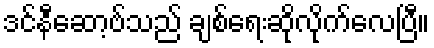
ဒင်နီဆော့ဗ်သည် ချစ်ရေးဆိုလိုက်လေပြီ။